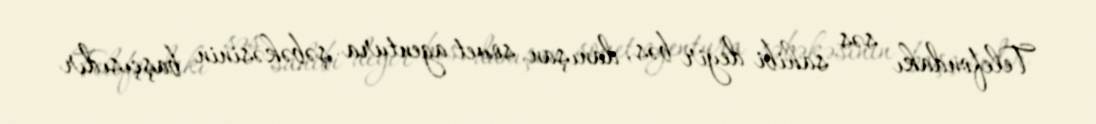
Telefondakı səs sahibi deyir bəs, danışan sovet agentura şəbəkəsinin başçısıdır